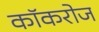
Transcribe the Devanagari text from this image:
कॉकरोज